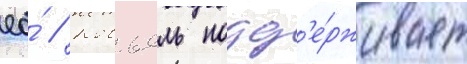
ео́ // Ковьель подд'е́рживает